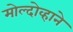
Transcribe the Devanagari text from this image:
मोल्दोव्हाने